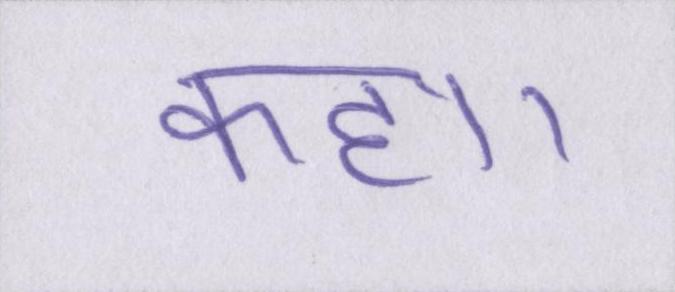
कहा।